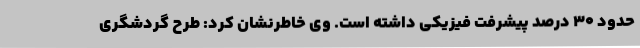
حدود 30 درصد پیشرفت فیزیکی داشته است. وی خاطرنشان کرد: طرح گردشگری